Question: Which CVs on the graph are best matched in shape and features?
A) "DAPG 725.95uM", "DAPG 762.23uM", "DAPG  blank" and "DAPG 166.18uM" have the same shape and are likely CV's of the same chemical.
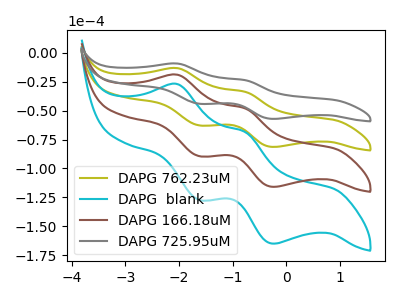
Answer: <think>The olive curve "DAPG 762.23uM" has anodic peaks at (-2.05V, -13.40uA) (-0.75V, -33.80uA) and cathodic peaks at (-1.60V, -62.80uA) (-0.25V, -81.40uA). The cyan curve "DAPG  blank" has anodic peaks at (-2.05V, -40.15uA) (-0.75V, -101.35uA) and cathodic peaks at (-1.60V, -188.40uA) (-0.25V, -244.20uA). The brown curve "DAPG 166.18uM" has anodic peaks at (-2.05V, -26.75uA) (-0.75V, -67.60uA) and cathodic peaks at (-1.60V, -125.60uA) (-0.25V, -162.80uA). The gray curve "DAPG 725.95uM" has anodic peaks at (-2.05V, -9.40uA) (-0.75V, -23.75uA) and cathodic peaks at (-1.60V, -44.15uA) (-0.25V, -57.20uA).
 All the peaks in "DAPG 762.23uM" have a peak in "DAPG  blank" at the same potential. All the peaks in "DAPG 762.23uM" have a peak in "DAPG 166.18uM" at the same potential. All the peaks in "DAPG 762.23uM" have a peak in "DAPG 725.95uM" at the same potential. All the peaks in "DAPG  blank" have a peak in "DAPG 166.18uM" at the same potential. All the peaks in "DAPG  blank" have a peak in "DAPG 725.95uM" at the same potential. All the peaks in "DAPG 166.18uM" have a peak in "DAPG 725.95uM" at the same potential.</think>
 <answer>A) "DAPG 725.95uM", "DAPG 762.23uM", "DAPG  blank" and "DAPG 166.18uM" have the same shape and are likely CV's of the same chemical.</answer>
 <eval>A</eval>